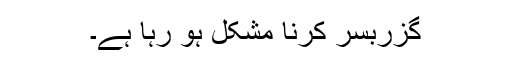
گزربسر کرنا مشکل ہو رہا ہے۔